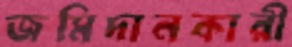
জমিদানকারী